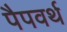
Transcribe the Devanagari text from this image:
पैपवर्थ